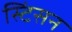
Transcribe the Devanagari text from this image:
स्टिंसन